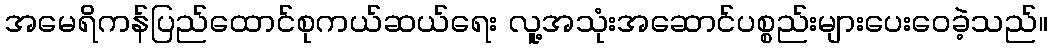
အမေရိကန်ပြည်ထောင်စုကယ်ဆယ်ရေး လူ့အသုံးအဆောင်ပစ္စည်းများပေးဝေခဲ့သည်။